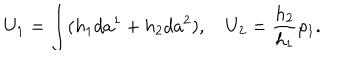
LaTeX: U _ { 1 } = \int ( h _ { 1 } d a ^ { 1 } + h _ { 2 } d a ^ { 2 } ) , \quad U _ { 2 } = \frac { h _ { 2 } } { h _ { 1 } } \rho _ { 1 } .